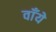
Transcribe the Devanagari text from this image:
वाँये